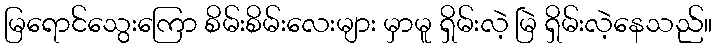
မြရောင်သွေးကြော စိမ်းစိမ်းလေးများ မှာမူ ရှိမ်းလဲ့ မြဲ ရှိမ်းလဲ့နေသည်။